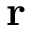
\mathbf { r }